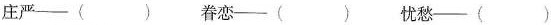
庄严——（ ）吞恋——（ ）忧热——（ ）